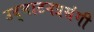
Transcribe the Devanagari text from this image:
उद्घाटनप्रसंगी